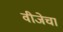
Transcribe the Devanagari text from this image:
वीजेचा